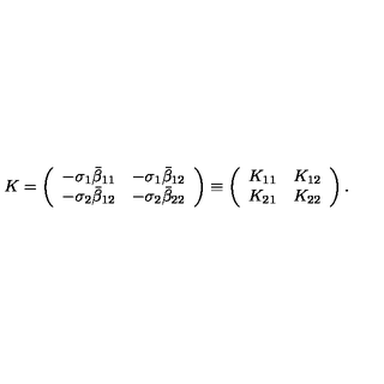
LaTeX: K = \left( \begin{array} { l l } { - \sigma _ { 1 } \bar { \beta } _ { 1 1 } } & { - \sigma _ { 1 } \bar { \beta } _ { 1 2 } } \\ { - \sigma _ { 2 } \bar { \beta } _ { 1 2 } } & { - \sigma _ { 2 } \bar { \beta } _ { 2 2 } } \\ \end{array} \right) \equiv \left( \begin{array} { l l } { K _ { 1 1 } } & { K _ { 1 2 } } \\ { K _ { 2 1 } } & { K _ { 2 2 } } \\ \end{array} \right) .